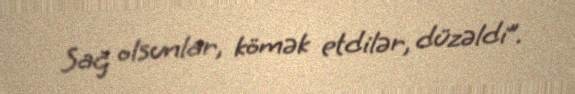
Sağ olsunlar, kömək etdilər, düzəldi”.